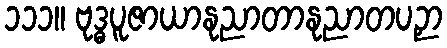
၁၁၁။ ဗုဒ္ဓပူဇာယာနုညာတာနုညာတပဉှာ